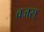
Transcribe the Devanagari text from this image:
वजस